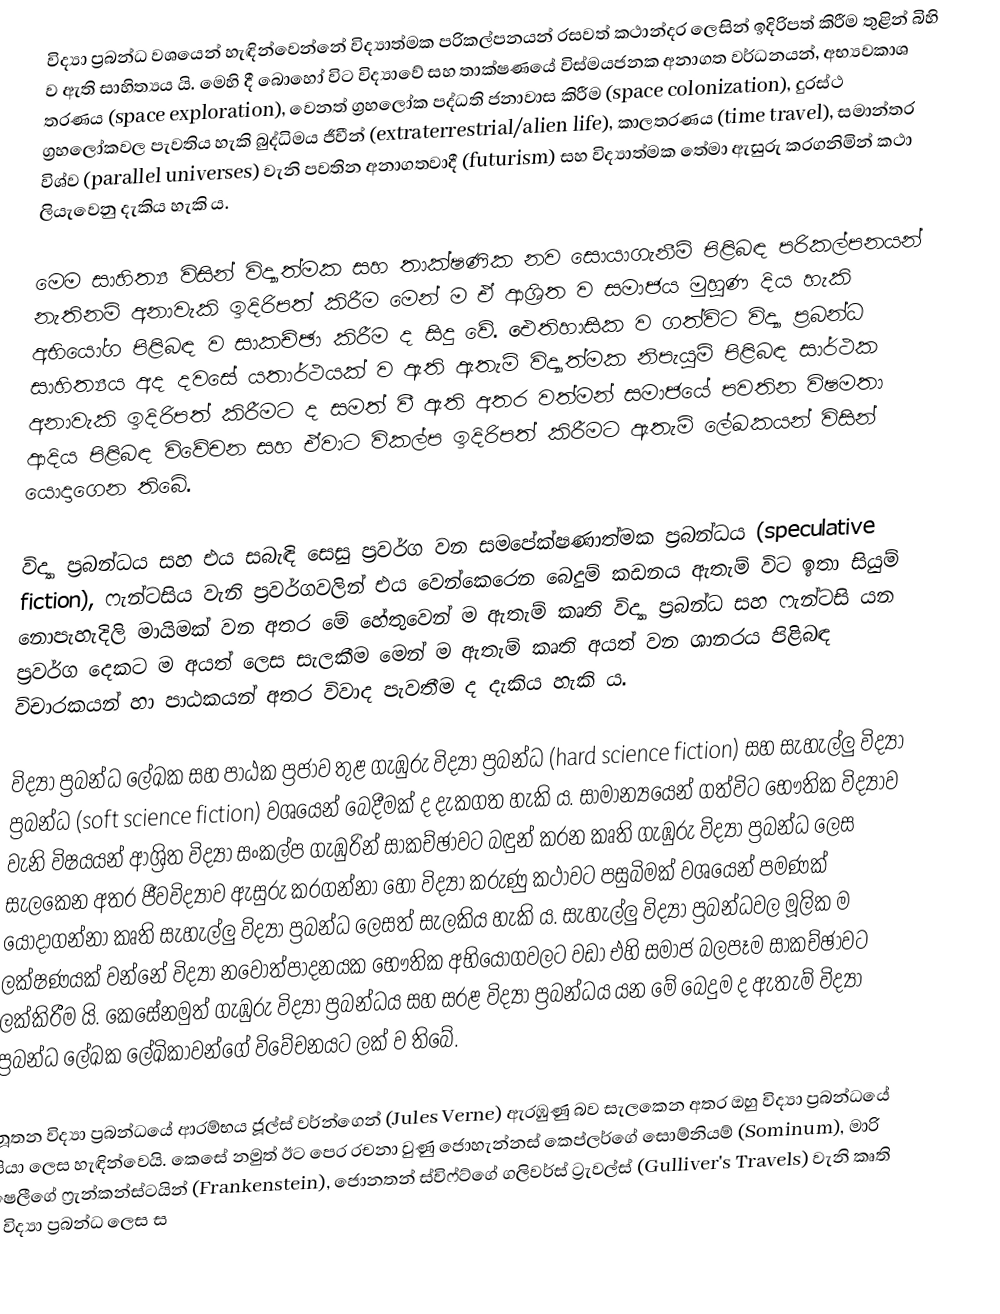
විද්‍යා ප්‍රබන්ධ වශයෙන් හැඳින්වෙන්නේ විද්‍යාත්මක පරිකල්පනයන් රසවත් කථාන්දර ලෙසින් ඉදිරිපත් කිරීම තුළින් බිහි ව ඇති සාහිත්‍යය යි. මෙහි දී බොහෝ විට විද්‍යාවේ සහ තාක්ෂණයේ විස්මයජනක අනාගත වර්ධනයන්, අභ්‍යවකාශ තරණය (space exploration), වෙනත් ග්‍රහලෝක පද්ධති ජනාවාස කිරීම (space colonization), දුරස්ථ ග්‍රහලෝකවල පැවතිය හැකි බුද්ධිමය ජීවීන් (extraterrestrial/alien life), කාලතරණය (time travel), සමාන්තර විශ්ව (parallel universes) වැනි පවතින අනාගතවාදී (futurism) සහ විද්‍යාත්මක තේමා ඇසුරු කරගනිමින් කථා ලියැවෙනු දැකිය හැකි ය.

මෙම සාහිත්‍ය විසින් විද්‍යාත්මක සහ තාක්ෂණික නව සොයාගැනීම් පිළිබඳ පරිකල්පනයන් නැතිනම් අනාවැකි ඉදිරිපත් කිරීම මෙන් ම ඒ ආශ්‍රිත ව සමාජය මුහුණ දිය හැකි අභියෝග පිළිබඳ ව සාකච්ඡා කිරීම ද සිදු වේ. ඓතිහාසික ව ගත්විට විද්‍යා ප්‍රබන්ධ සාහිත්‍යය අද දවසේ යතාර්ථයක් ව ඇති ඇතැම් විද්‍යාත්මක නිපැයුම් පිළිබඳ සාර්ථක අනාවැකි ඉදිරිපත් කිරීමට ද සමත් වී ඇති අතර වත්මන් සමාජයේ පවතින විෂමතා ආදිය පිළිබඳ විවේචන සහ ඒවාට විකල්ප ඉදිරිපත් කිරීමට ඇතැම් ලේඛකයන් විසින් යොදාගෙන තිබේ.

විද්‍යා ප්‍රබන්ධය සහ එය සබැඳි සෙසු ප්‍රවර්ග වන සමපේක්ෂණාත්මක ප්‍රබන්ධය (speculative fiction), ෆැන්ටසිය වැනි ප්‍රවර්ගවලින් එය වෙන්කෙරෙන බෙදුම් කඩනය ඇතැම් විට ඉතා සියුම් නොපැහැදිලි මායිමක් වන අතර මේ හේතුවෙන් ම ඇතැම් කෘති විද්‍යා ප්‍රබන්ධ සහ ෆැන්ටසි යන ප්‍රවර්ග දෙකට ම අයත් ලෙස සැලකීම මෙන් ම ඇතැම් කෘති අයත් වන ශානරය පිළිබඳ විචාරකයන් හා පාඨකයන් අතර විවාද පැවතීම ද දැකිය හැකි ය.

විද්‍යා ප්‍රබන්ධ ලේඛක සහ පාඨක ප්‍රජාව තුළ ගැඹුරු විද්‍යා ප්‍රබන්ධ (hard science fiction) සහ සැහැල්ලු විද්‍යා ප්‍රබන්ධ (soft science fiction) වශයෙන් බෙදීමක් ද දැකගත හැකි ය. සාමාන්‍යයෙන් ගත්විට භෞතික විද්‍යාව වැනි විෂයයන් ආශ්‍රිත විද්‍යා සංකල්ප ගැඹුරින් සාකච්ඡාවට බඳුන් කරන කෘති ගැඹුරු විද්‍යා ප්‍රබන්ධ ලෙස සැලකෙන අතර ජීවවිද්‍යාව ඇසුරු කරගන්නා හෝ විද්‍යා කරුණු කථාවට පසුබිමක් වශයෙන් පමණක් යොදාගන්නා කෘති සැහැල්ලු විද්‍යා ප්‍රබන්ධ ලෙසත් සැලකිය හැකි ය. සැහැල්ලු විද්‍යා ප්‍රබන්ධවල මූලික ම ලක්ෂණයක් වන්නේ විද්‍යා නවොත්පාදනයක භෞතික අභියෝගවලට වඩා එහි සමාජ බලපෑම සාකච්ඡාවට ලක්කිරීම යි. කෙසේනමුත් ගැඹුරු විද්‍යා ප්‍රබන්ධය සහ සරළ විද්‍යා ප්‍රබන්ධය යන මේ බෙදුම ද ඇතැම් විද්‍යා ප්‍රබන්ධ ලේඛක ලේඛිකාවන්ගේ විවේචනයට ලක් ව තිබේ.

නූතන විද්‍යා ප්‍රබන්ධයේ ආරම්භය ජූල්ස් වර්න්ගෙන් (Jules Verne) ඇරඹුණු බව සැලකෙන අතර ඔහු විද්‍යා ප්‍රබන්ධයේ පියා ලෙස හැඳින්වෙයි. කෙසේ නමුත් ඊට පෙර රචනා වුණු ජොහැන්නස් කෙප්ලර්ගේ සොම්නියම් (Sominum), මාරි ෂෙලීගේ ෆ්‍රැන්කන්ස්ටයින් (Frankenstein), ජොනතන් ස්විෆ්ට්ගේ ගලිවර්ස් ට්‍රැවල්ස් (Gulliver's Travels) වැනි කෘති ද විද්‍යා ප්‍රබන්ධ ලෙස ස